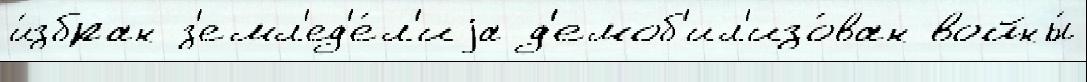
и́збран з'емл'ед'е́л'иjа д'емоб'ил'изо́ван войны́